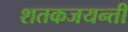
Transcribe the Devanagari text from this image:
शतकजयन्ती